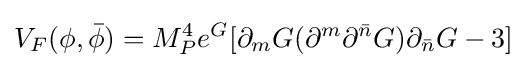
V_{F}(\phi ,{\bar {\phi }})=M_{P}^{4}e^{G}[\partial _{m}G(\partial ^{m}\partial ^{\bar {n}}G)\partial _{\bar {n}}G-3]